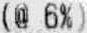
(@ 6%)